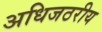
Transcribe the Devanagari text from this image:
अधिजठरीय